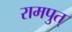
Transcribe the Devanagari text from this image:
रामपुत्